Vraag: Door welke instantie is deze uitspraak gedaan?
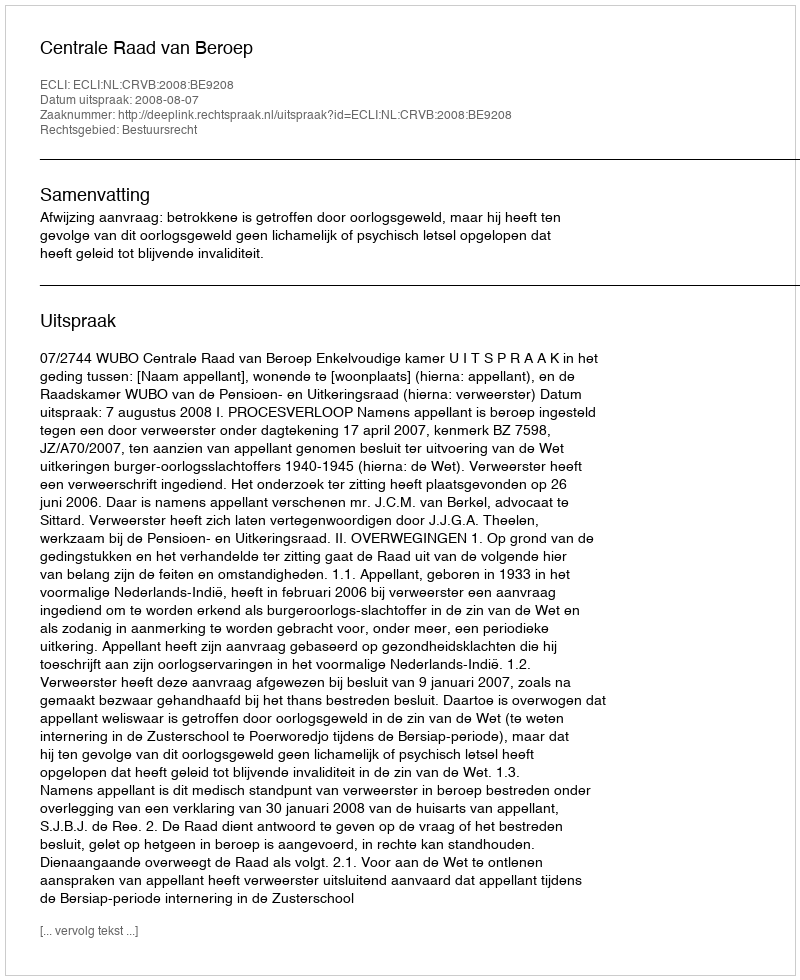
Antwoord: Centrale Raad van Beroep